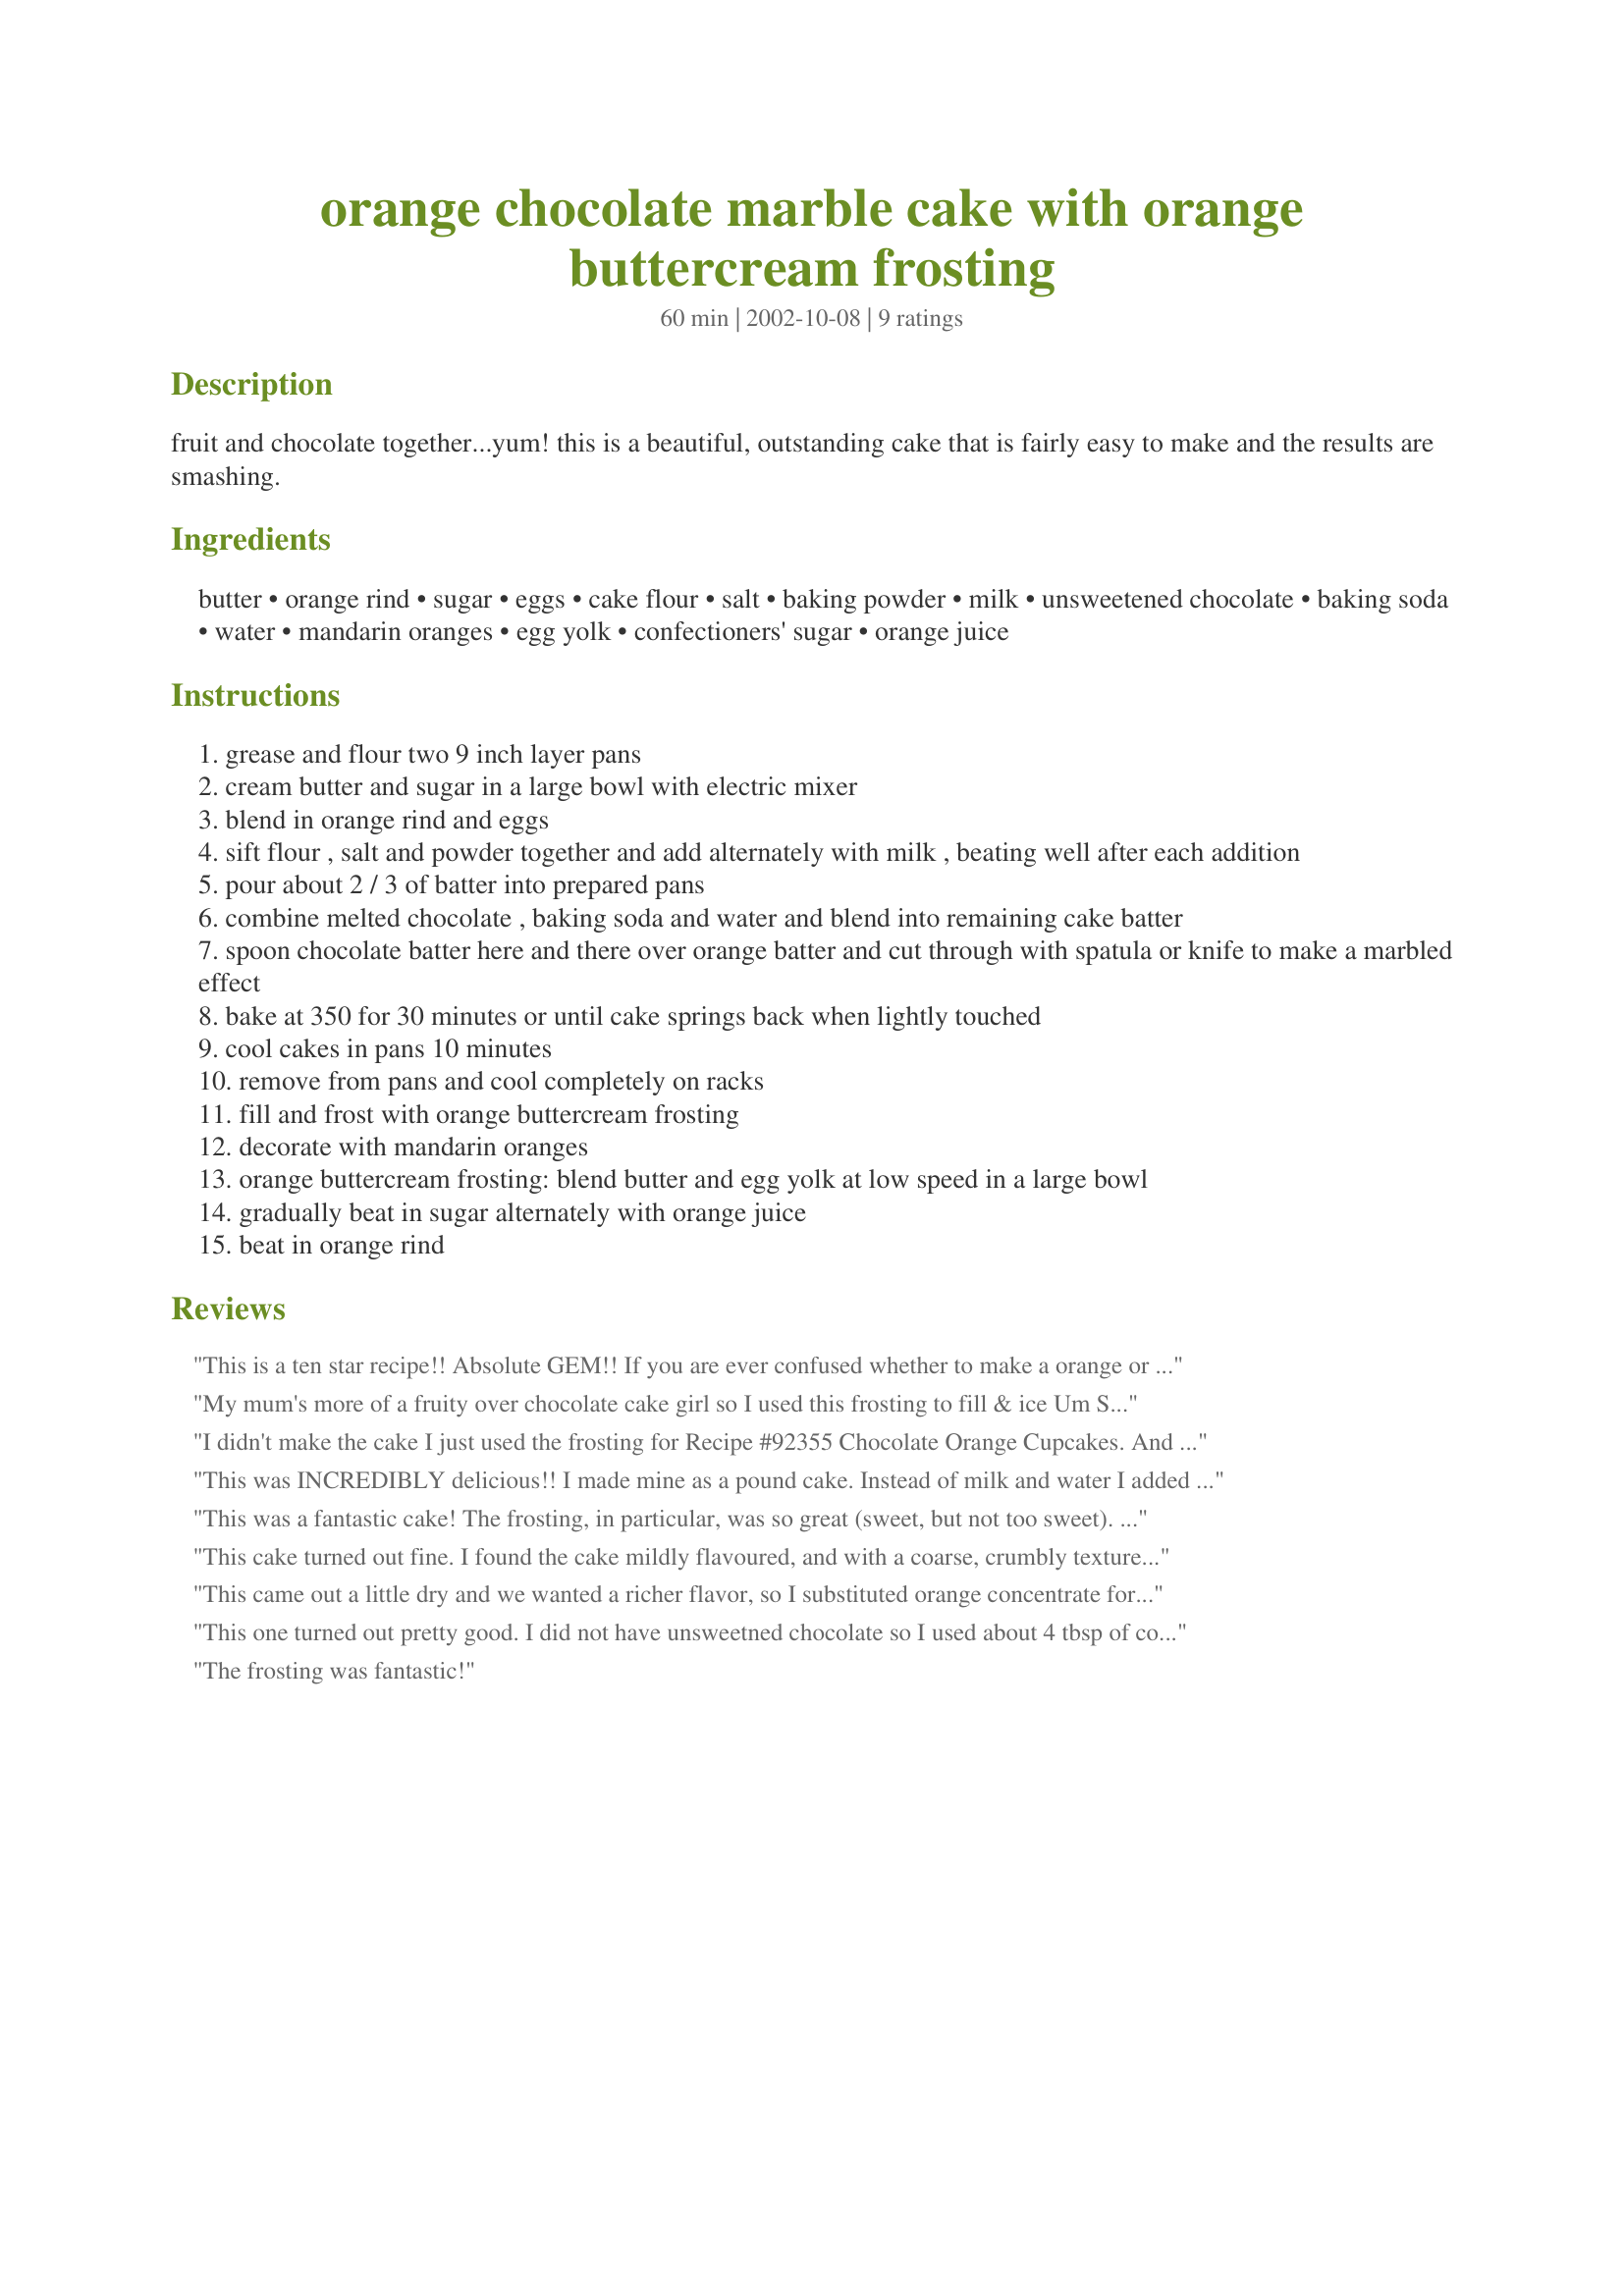
orange chocolate marble cake with orange buttercream frosting
Preparation time: 60 minutes

fruit and chocolate together...yum! this is a beautiful, outstanding cake that is fairly easy to make and the results are smashing.

Ingredients:
butter, orange rind, sugar, eggs, cake flour, salt, baking powder, milk, unsweetened chocolate, baking soda, water, mandarin oranges, egg yolk, confectioners' sugar, orange juice

Steps:
grease and flour two 9 inch layer pans
cream butter and sugar in a large bowl with electric mixer
blend in orange rind and eggs
sift flour , salt and powder together and add alternately with milk , beating well after each addition
pour about 2 / 3 of batter into prepared pans
combine melted chocolate , baking soda and water and blend into remaining cake batter
spoon chocolate batter here and there over orange batter and cut through with spatula or knife to make a marbled effect
bake at 350 for 30 minutes or until cake springs back when lightly touched
cool cakes in pans 10 minutes
remove from pans and cool completely on racks
fill and frost with orange buttercream frosting
decorate with mandarin oranges
orange buttercream frosting: blend butter and egg yolk at low speed in a large bowl
gradually beat in sugar alternately with orange juice
beat in orange rind

Reviews:
This is a ten star recipe!! Absolute GEM!! If you are ever confused whether to make a orange or a chocolate cake...this is the recipe for you!!! I can't stop gushing about this one...really simple and extremely tasty. 

Only modifications I made, was in the cake, I added only 1 tablespoon of orange rind, but I added 1/4 cup of orange juice to the batter, after creaming the butter and sugar.

And in the frosting, I added 7 tablespoons of orange juice instead of 4 1/2 just so that it was easier to handle...easier to pipe. 

But seriously it turned out really beautiful. And don't leave the frosting out cos it makes a world of a difference. DELICIOUS!!!!
My mum's more of a fruity over chocolate cake girl so I used this frosting to fill & ice Um Safia's Mama's Orange (Or Lime) & Coconut Cake - it was devine!! So smooth & creamy - my zest was more shredded than finely grated so it looked really effective. It was really nice to work with - perfect consistency & it kept well for the couple of days & travelling that it took to get to my mum's bday! Can't wait to try the cake out next!!
I didn't make the cake I just used the frosting for Recipe #92355 Chocolate Orange Cupcakes. And they I loved the frosting. I was licking the bowl. I didn't use all the frosting and need to find something to do with the rest. There is no way I was waste it.
This was INCREDIBLY delicious!! I made mine as a pound cake. Instead of milk and water I added 1 cup of orange juice. i also doubled the amt of orange rhind, and used 6oz milk chocolate. This was probably the BEST cake I have ever had.
This was a fantastic cake! The frosting, in particular, was so great (sweet, but not too sweet). I didn't include the mandarin oranges on the top...I thought they'd get funny or dried out after a while, and I hoped we wouldn't eat this entire cake too quickly. Other than that, I followed the recipe as written, and it turned out really well. Thanks for posting this!
This cake turned out fine. I found the cake mildly flavoured, and with a coarse, crumbly texture. The icing was quite sweet, but had a definite orange flavour and complemented the cake. I did find the chocolate batter a bit hard to work with because the baking soda made it quite airy, but otherwise I had no problems. The cakes released easily from the pans and came out quite even. The orange and chocolate flavours worked quite well together.
This came out a little dry and we wanted a richer flavor, so I substituted orange concentrate for grated orange and milk, and used semisweet chocolate instead of unsweetened chocolate. The idea is great, inspires me to make more variations with other fruit as well. The frosting was terrific!
This one turned out pretty good. I did not have unsweetned chocolate so I used about 4 tbsp of cocoa powder and mixed it into a paste with water and the baking soda. It turned out quite good except the chocolate part could have been a little sweeter for my taste.
The frosting was fantastic!
